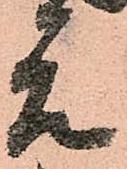
元